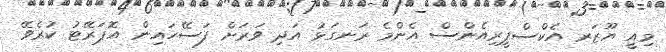
މިއީ ޔޫޒަރ އެކްސްޕީރިއެންސް އެންމެ ރަނގަޅު އަދި ވަރަށް ފަސޭހައިން އޮޕަރޭޓު ކުރެވޭ